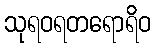
သုရဝရတရောရိဝ